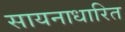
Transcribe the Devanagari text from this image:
सायनाधारित